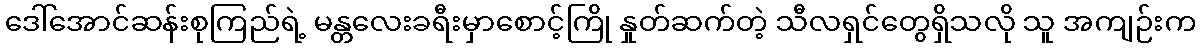
ဒေါ်အောင်ဆန်းစုကြည်ရဲ့ မန္တလေးခရီးမှာစောင့်ကြို နှုတ်ဆက်တဲ့ သီလရှင်တွေရှိသလို သူ အကျဉ်းက